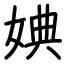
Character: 婰